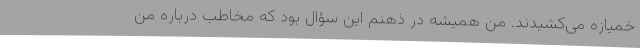
خمیازه می‌کشیدند. من همیشه در ذهنم این سؤال بود که مخاطب درباره من